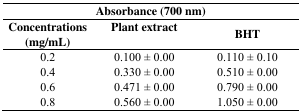
<table><thead><tr><td colspan="3"><b>Absorbance (700 nm)</b></td></tr><tr><td><b>Concentrations (mg/mL)</b></td><td><b>Plant extract</b></td><td><b>BHT</b></td></tr></thead><tbody><tr><td>0.2</td><td>0.100 ± 0.00</td><td>0.110 ± 0.10</td></tr><tr><td>0.4</td><td>0.330 ± 0.00</td><td>0.510 ± 0.00</td></tr><tr><td>0.6</td><td>0.471 ± 0.00</td><td>0.790 ± 0.00</td></tr><tr><td>0.8</td><td>0.560 ± 0.00</td><td>1.050 ± 0.00</td></tr></tbody></table>